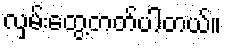
လှမ်းတွေ့တတ်ပါတယ်။